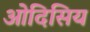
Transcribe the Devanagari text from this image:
ओदिसिय